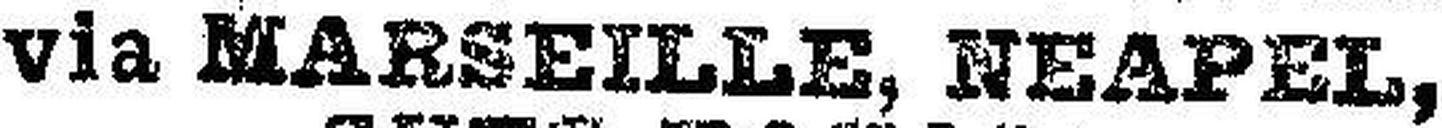
via MARSEILLE, NEAPEL,